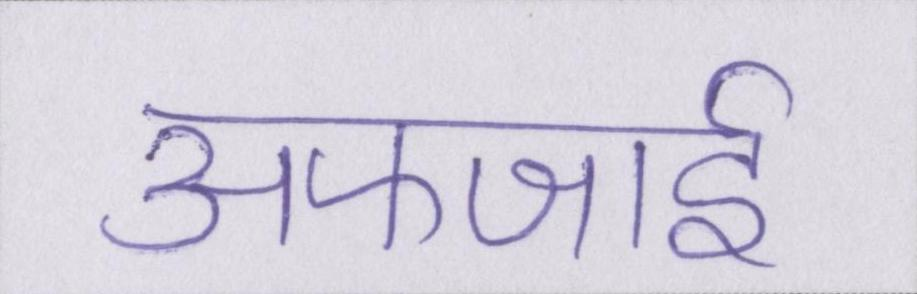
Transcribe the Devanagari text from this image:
अफजाई